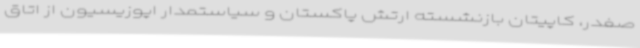
صفدر، کاپیتان بازنشسته ارتش پاکستان و سیاستمدار اپوزیسیون از اتاق